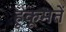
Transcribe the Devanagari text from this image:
हूकूमतें